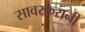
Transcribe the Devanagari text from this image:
सावरकरानी